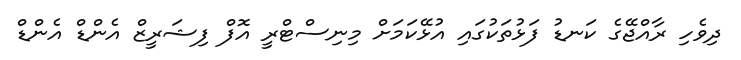
ދިވެހި ރާއްޖޭގެ ކަނޑު ފަޅުތަކުގައި އުޅޭކަމަށް މިނިސްޓްރީ އޮފް ފިޝަރީޒް އެންޑް އެންޑް